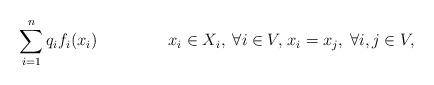
LaTeX: \begin{align*} &\sum\limits_{i=1}^{n}q_{i}f_{i}(x_{i}) &x_{i}\in X_{i},\;\forall i\in V,&\;x_{i}=x_{j},\;\forall i,j\in V,\end{align*}